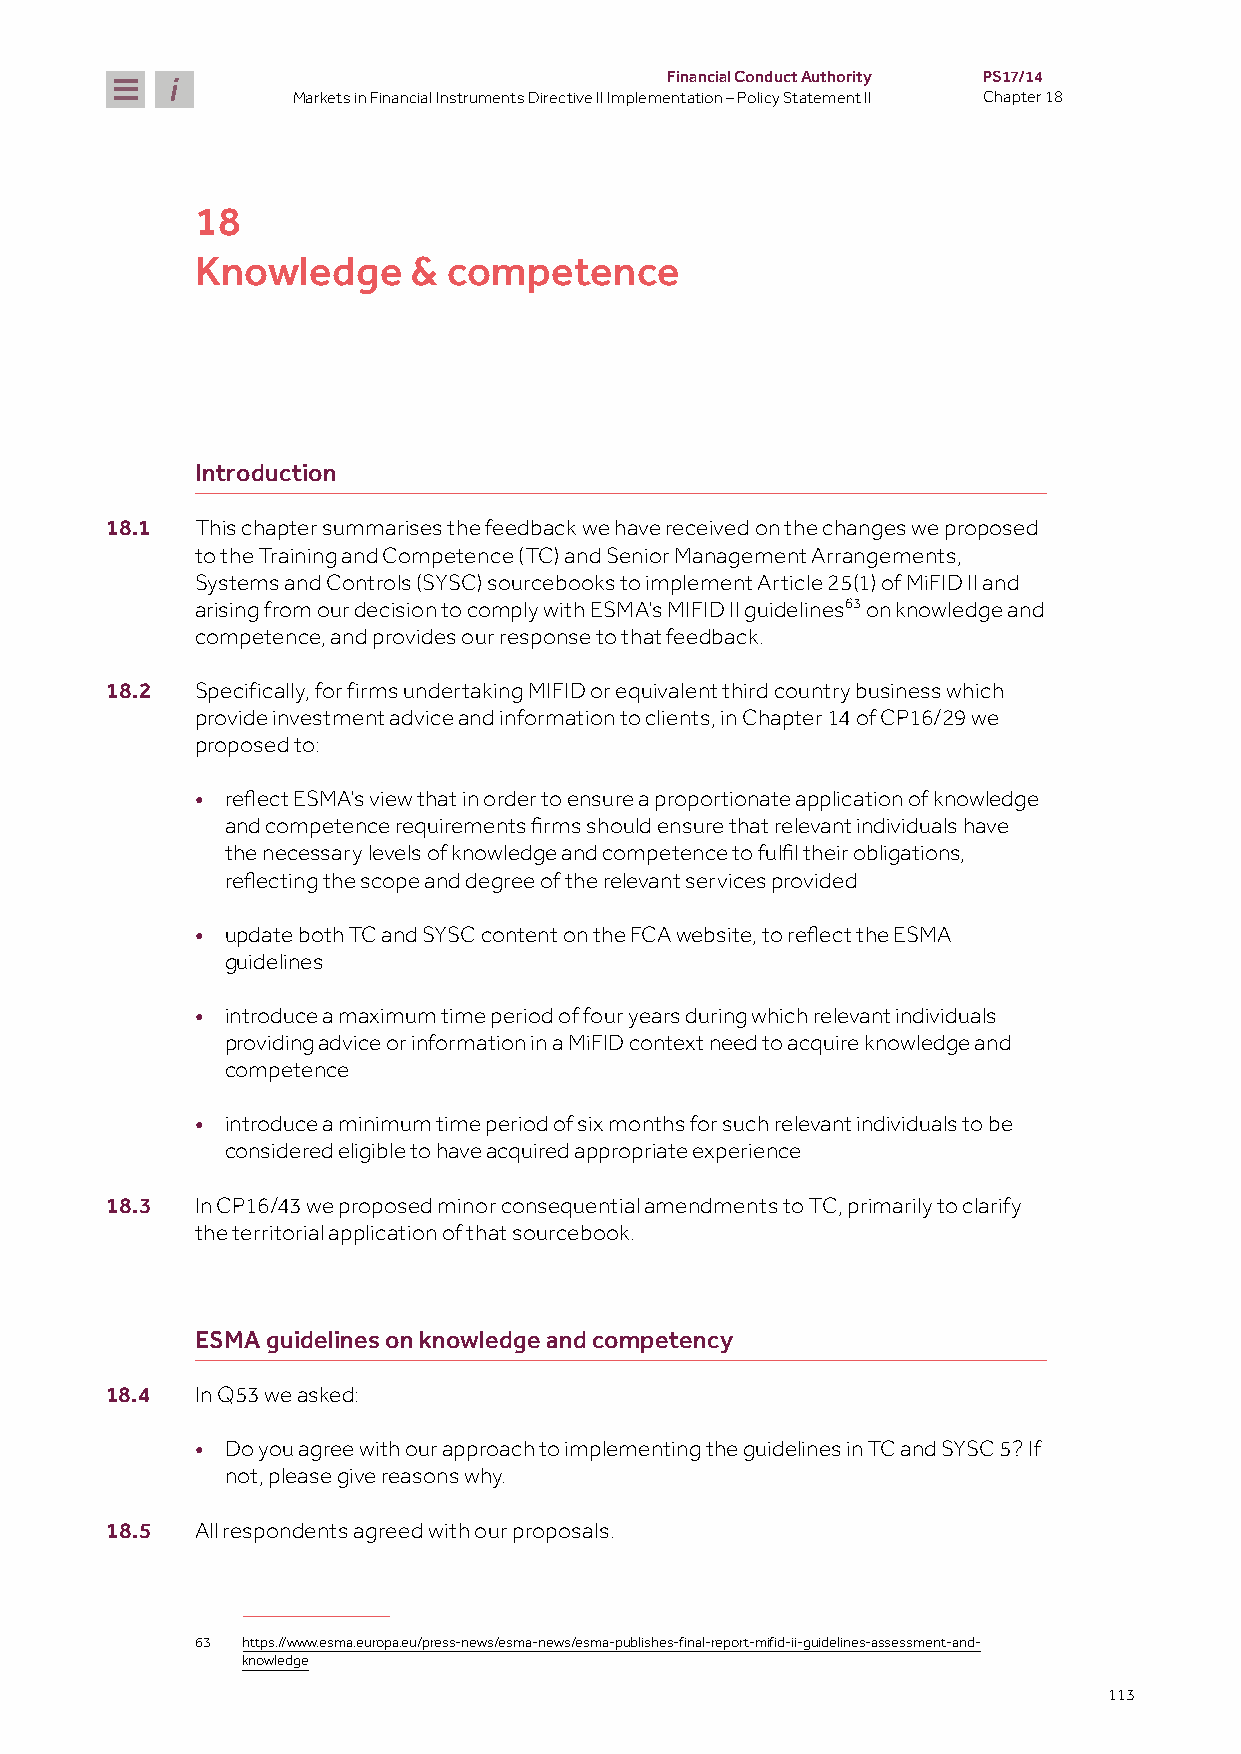
Financial Conduct Authority PS17/14
 Markets in Financial Instruments Directive II Implementation – Policy Statement II Chapter 18
 18
 Knowledge     &  competence
 Introduction
 18.1  This chapter summarises the feedback we have received on the changes we proposed
 to the Training and Competence (TC) and Senior Management Arrangements,
 Systems and Controls (SYSC) sourcebooks to implement Article 25(1) of MiFID II and
 arising from our decision to comply with ESMA’s MIFID II guidelines63 on knowledge and
 competence, and provides our response to that feedback.
 18.2  Specifically, for firms undertaking MIFID or equivalent third country business which
 provide investment advice and information to clients, in Chapter 14 of CP16/29 we
 proposed to:
 •
 reflect ESMA’s view that in order to ensure a proportionate application of knowledge
 and competence requirements firms should ensure that relevant individuals have
 the necessary levels of knowledge and competence to fulfil their obligations,
 reflecting the scope and degree of the relevant services provided
 •
 update both TC and SYSC content on the FCA website, to reflect the ESMA
 guidelines
 • introduce a maximum time period of four years during which relevant individuals
 providing advice or information in a MiFID context need to acquire knowledge and
 competence
 • introduce a minimum time period of six months for such relevant individuals to be
 considered eligible to have acquired appropriate experience
 18.3  In CP16/43 we proposed minor consequential amendments to TC, primarily to clarify
 the territorial application of that sourcebook.
 ESMA guidelines on knowledge and competency
 18.4  In Q53 we asked:
 • Do you agree with our approach to implementing the guidelines in TC and SYSC 5? If
 not, please give reasons why.
 18.5  All respondents agreed with our proposals.
 63 https://www.esma.europa.eu/press-news/esma-news/esma-publishes-final-report-mifid-ii-guidelines-assessment-and-
 knowledge
 113